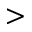
>